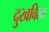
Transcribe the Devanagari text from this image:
दुखविला